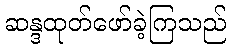
ဆန္ဒထုတ်ဖော်ခဲ့ကြသည်